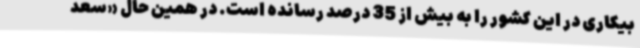
بیکاری در این کشور را به بیش از 35 درصد رسانده است. در همین حال «سعد